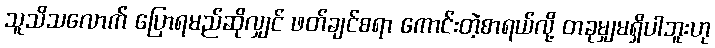
သူသိသလောက် ပြောရမည်ဆိုလျှင် ဖတ်ချင်စရာ ကောင်းတဲ့စာရယ်လို့ တခုမျှမရှိပါဘူးဟု